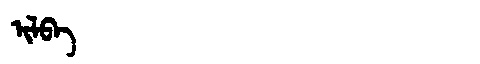
Manchu: ᡳᠯᠪᠠ
Romanization: ILBA